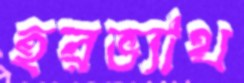
হরভ্যাথ